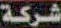
شركة